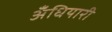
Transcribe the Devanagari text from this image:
अँधियारी